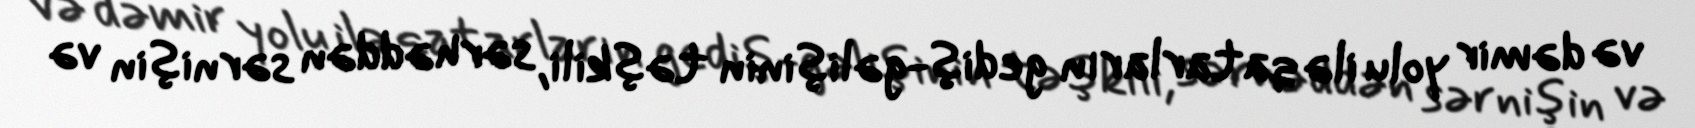
və dəmir yolu ilə qatarların gediş-gəlişinin təşkili, sərhəddən sərnişin və